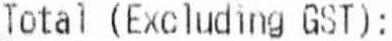
TOTAL (EXCLUDING GST):